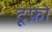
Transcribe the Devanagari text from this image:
टूफ़ो